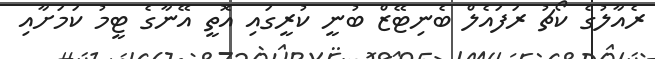
ރެއާލުގެ ކޯޗު ރަފައެލް ބެނިޓޭޒް ބުނީ ކުރީގައި އޮތީ އޭނާގެ ޓީމު ކަމަށާއި